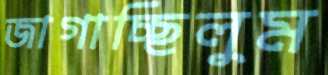
জাগাচ্ছিলুম